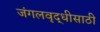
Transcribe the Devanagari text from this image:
जंगलवृद्धीसाठी